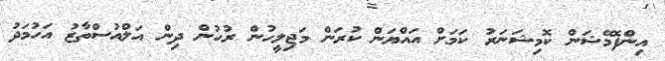
އިންފޮމޭޝަން ކޮމިޝަނަރު ކަމަށް އައްޔަން ކުރަން މަޖިލީހުން ރުހުން ދިން އަލްއުސްތާޒު އަހުމަދު